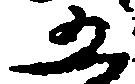
五